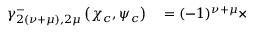
\begin{array} { r l } { \gamma _ { 2 ( \nu + \mu ) , 2 \mu } ^ { - } \left( \chi _ { c } , \psi _ { c } \right) } & { { } = ( - 1 ) ^ { \nu + \mu } \times } \end{array}